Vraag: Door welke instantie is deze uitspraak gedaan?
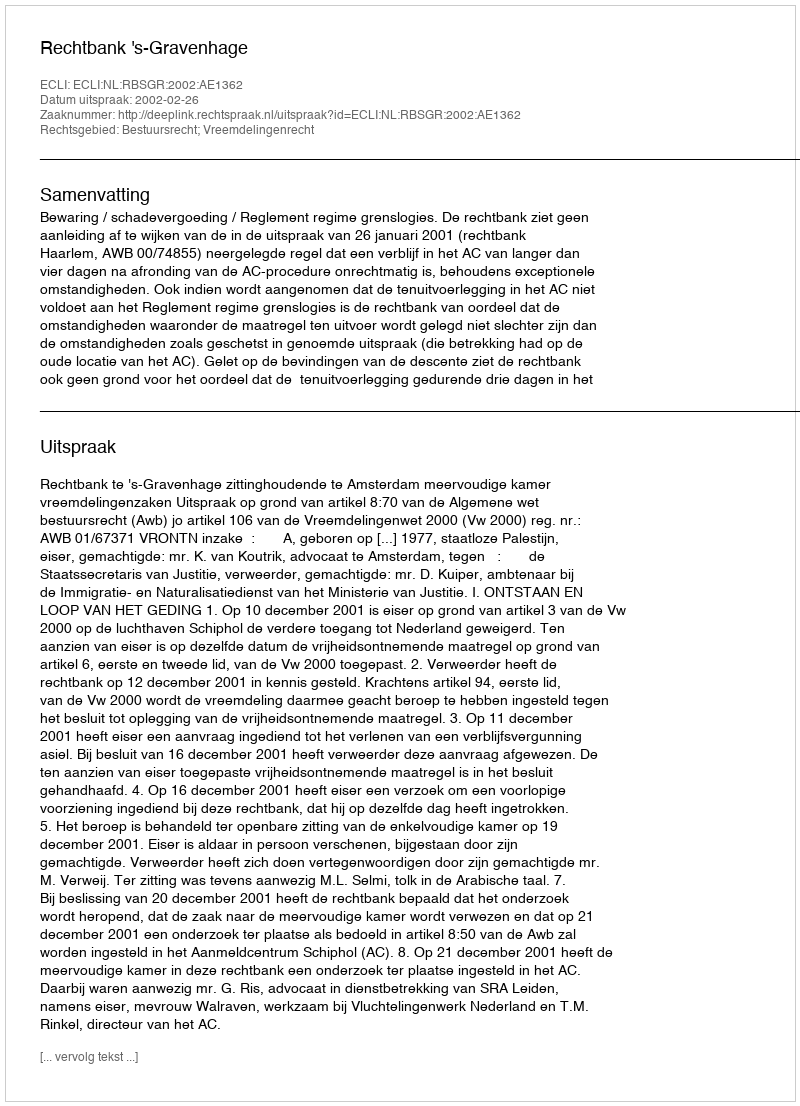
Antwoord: Rechtbank 's-Gravenhage